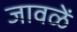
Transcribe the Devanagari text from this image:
जावळें